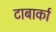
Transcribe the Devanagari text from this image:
टाबार्का